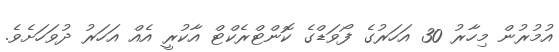
އުމުރުން މިހާރު 30 އަހަރުގެ ފޯވަޑްގެ ކޮންޓްރެކްޓް އާކުރީ އެއް އަހަރު ދުވަހަށެވެ.